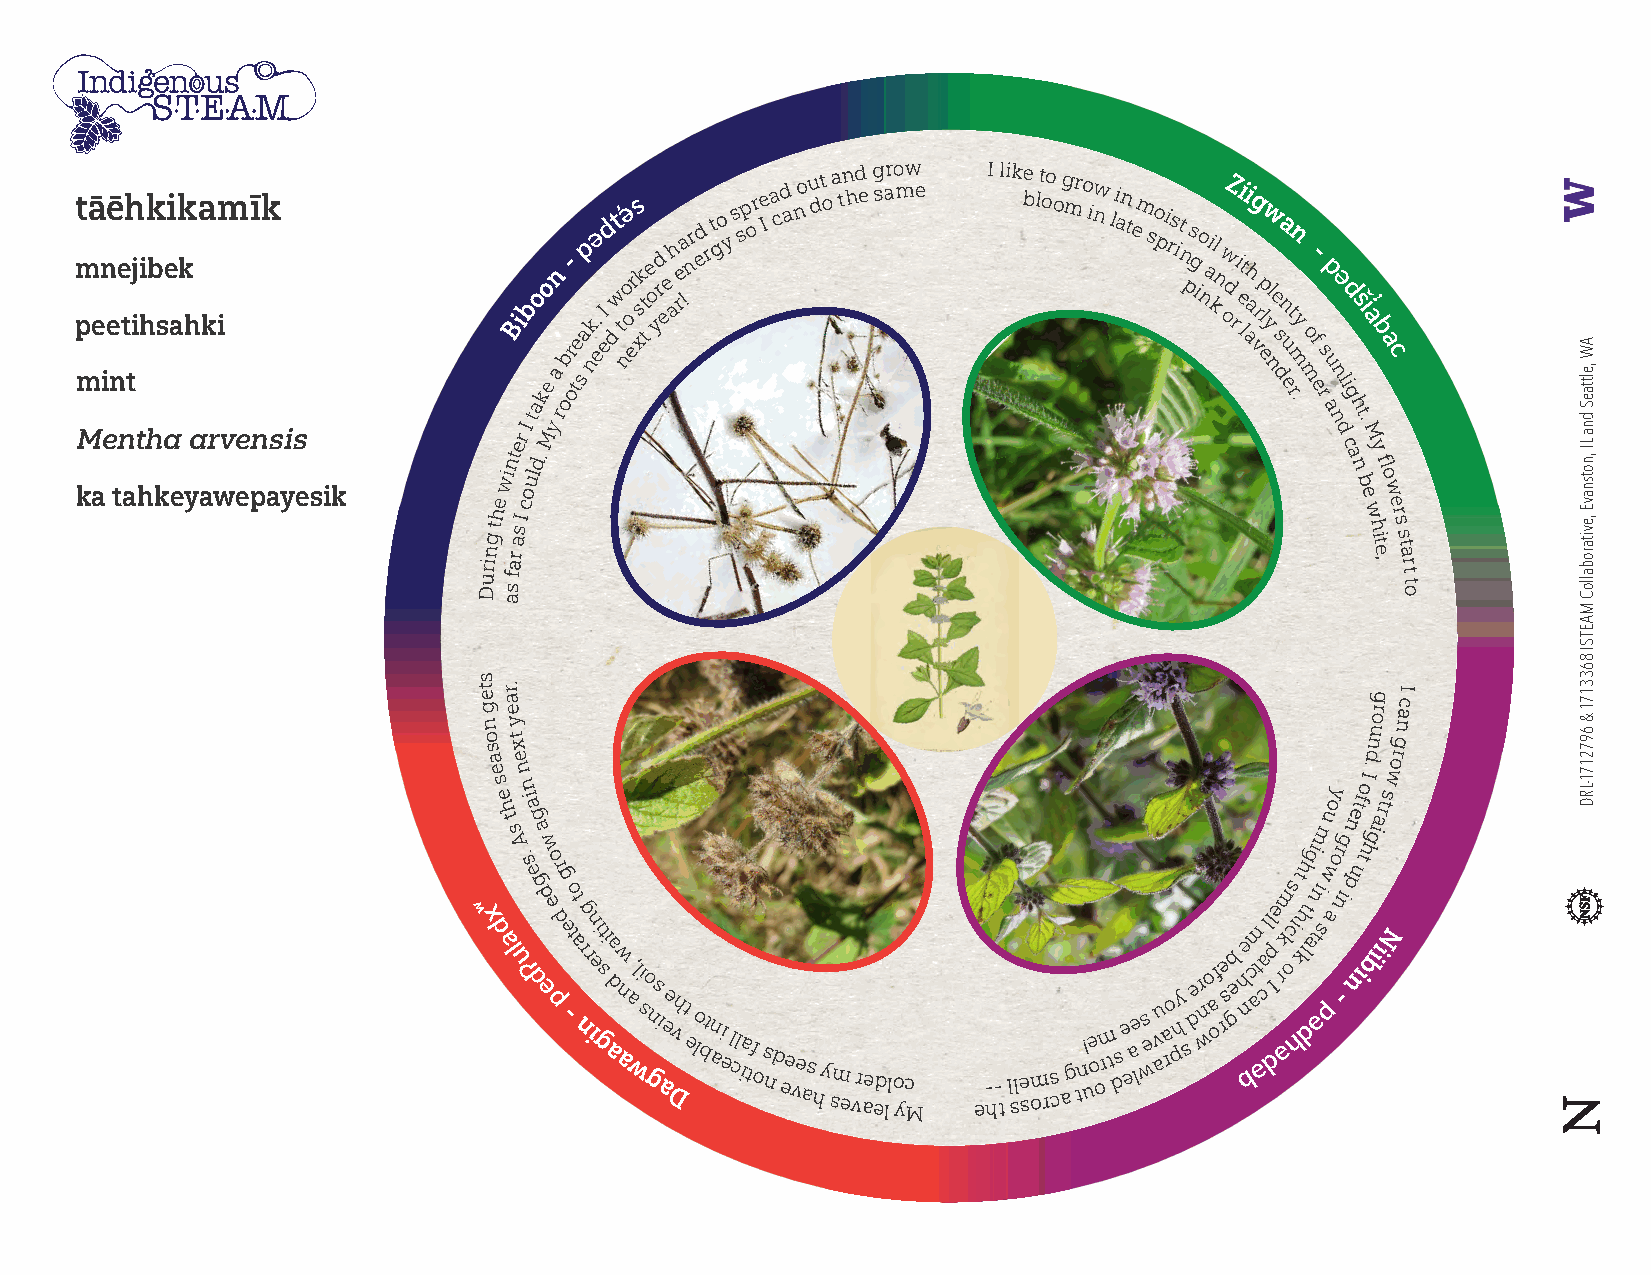
t
 m
 p
 mā
 en
 ieē
 ne
 th
 tiji
 hk
 b
 sei ak
 k
 ha kimīk
 Bi
 I
 b tao ko
 e
 y
 an
 r
 ob-
 or
 t
 e
 s
 ap
 nk.
 eə
 I e
 d
 d
 t̕
 w t no
 oə
 e
 rs
 xsk
 tt
 e
 o
 yrd
 e e
 ah
 re
 !a nr ed rt go y s sp or e I a cd a no u dt o a tn hd e g saro mw e I like b lt oo o g mro inw li an te m so pi rs it
 n
 p
 s
 g
 io
 n
 ai kl
 n
 w
 odZ
 r
 i
 i
 e
 lti aahg
 vr p
 elw
 y nl e
 dsa
 n u
 e
 rtn
 m
 .y mo
 -
 f
 e
 rsp
 u
 a
 nnə ld
 i
 g
 hs
 t
 i .̓ a b a
 c
 M kae tn at hh ka
 e
 ya ar wv ee pn as yis
 esik
 ng
 the
 win
 r
 t ase
 I
 r
 could.
 M                                                   d
 c a n
 b
 eM
 w
 hy
 it
 e
 f l
 o
 w
 e
 r s
 s
 t a
 Duri
 s
 fa                                                        , r
 t
 t o
 a
 s
 t e g
 n
 o s
 a
 e.r a e
 y
 t x
 e
 n                                                       I
 .dnuorg
 worg
 nac I
 ʷ x
 ds e ah t
 ls uA
 .n ʔsi a
 e
 dg
 ga
 ed
 w
 e
 po dr g
 e
 -
 o t at
 n
 rg r in e gi sti ada w
 an a w
 ,l si
 o gns i a ee Dvh t e o l bt n ai e l cl ia tf o s nd ee ve as
 h
 y sm
 e
 vr ae ed ll o yc
 M   e
 - h-
 t
 l sle som rs
 c
 ag tn! ue o om r t d s e ea le ws e v au rao phy s e dr
 wno af
 o
 re
 s
 gb
 e
 he
 n
 bc atm
 ə
 cl a l
 I
 dpe r əkm
 ocs
 i
 ht
 kh
 lh
 t
 d
 g ai
 tn
 əim
 s
 u
 pw
 ao y
 or
 -ni
 g
 n pe nt uf io
 t h bg
 iia irts
 N
 AW
 ,elttaeS
 dna
 LI ,notsnavE
 ,evitaroballoC
 MAETSI
 8633171
 &
 6972171-LRD